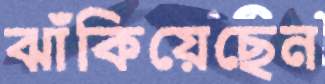
ঝাঁকিয়েছেন